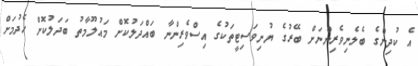
އެ ކުދިންގެ ބެލެނިވެރިންނަށް ބޭރުގެ ޔުނިވަސިޓީތަކުގެ އިސްވެރިންނާ ބައްދަލުކޮށް މައުލޫމާތު ބަދަލުކޮށް ހެދުމަށް